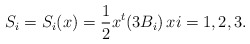
\begin{align*}S_i = S_i(x) = \frac{1}{2}x^t(3B_i)\,xi = 1, 2, 3.\end{align*}